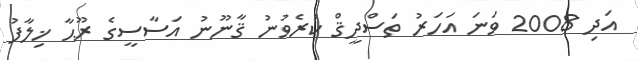
އަދި 2008 ވަނަ އަހަރު ތަސްދީޤް ކުރެވުނު ޤާނޫނު އަސާސީގެ ރޫޙާ ޚިލާފު